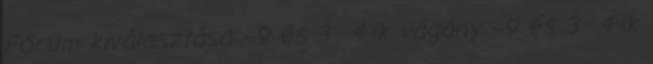
Fórum kiválasztása --9 és 3 4-ik vágány --9 és 3 4-ik